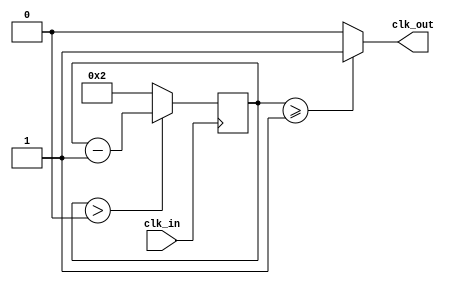
///////////////////////////////////////////////
//ELEC 5566M: FPGA Design for System on Chip	//
//Module: Frequency Divider Module				//
//Student: Syed Zaidi								//
//Student ID: 201047894								//
//Input Clock frequency: 50Mhz					//
//Output clock frequency: Set by parameter	//
///////////////////////////////////////////////

module freq_div #(
parameter FREQUENCY = 50000000 	//Set initial value to 50Mhz
)
(
input clk_in,							//clock input (50Mhz)
output clk_out						//adjusted clock output
						
);

localparam FREQ_DIV = 50000000/FREQUENCY;		//Divide clock frequency by required frequency to get the limit for counter
reg [26:0] counter = FREQ_DIV*2;					//counter set to limit calculated earlier
reg [26:0] FREQ_LIMIT = FREQ_DIV*2;				//Set Frequency limit to double the counter starting value
wire count_out;										//count_out wire used mainly for testing

always@(posedge clk_in)begin 							//always at positive edge of clock in decrement counter by one

if (counter > 0) begin counter <= counter - 1;	//If counter is greater than 0 decrement counter by 1
end else begin 											//until counter reaches zero
counter <= FREQ_DIV*2; 									//once counter reaches zero reset counter to max value
end
end
assign clk_out = (counter>=((FREQ_DIV)))?1:0;	//clock out sends a high signal if counter is below the limit calculated earlier
assign count_out = counter;							//Test variable

endmodule